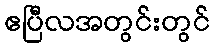
ဧပြီလအတွင်းတွင်